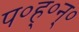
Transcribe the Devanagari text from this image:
प०ह्०न्०